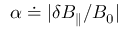
\alpha \doteq | \delta B _ { \parallel } / B _ { 0 } |